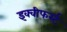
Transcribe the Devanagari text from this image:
इक्वीफर्स्ट